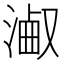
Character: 𣻋